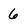
Character: 6